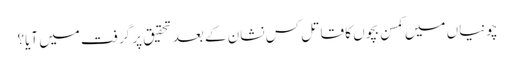
چونیاں میں کمسن بچوں کا قاتل کس نشان کے بعد تحقیق پر گرفت میں آیا؟